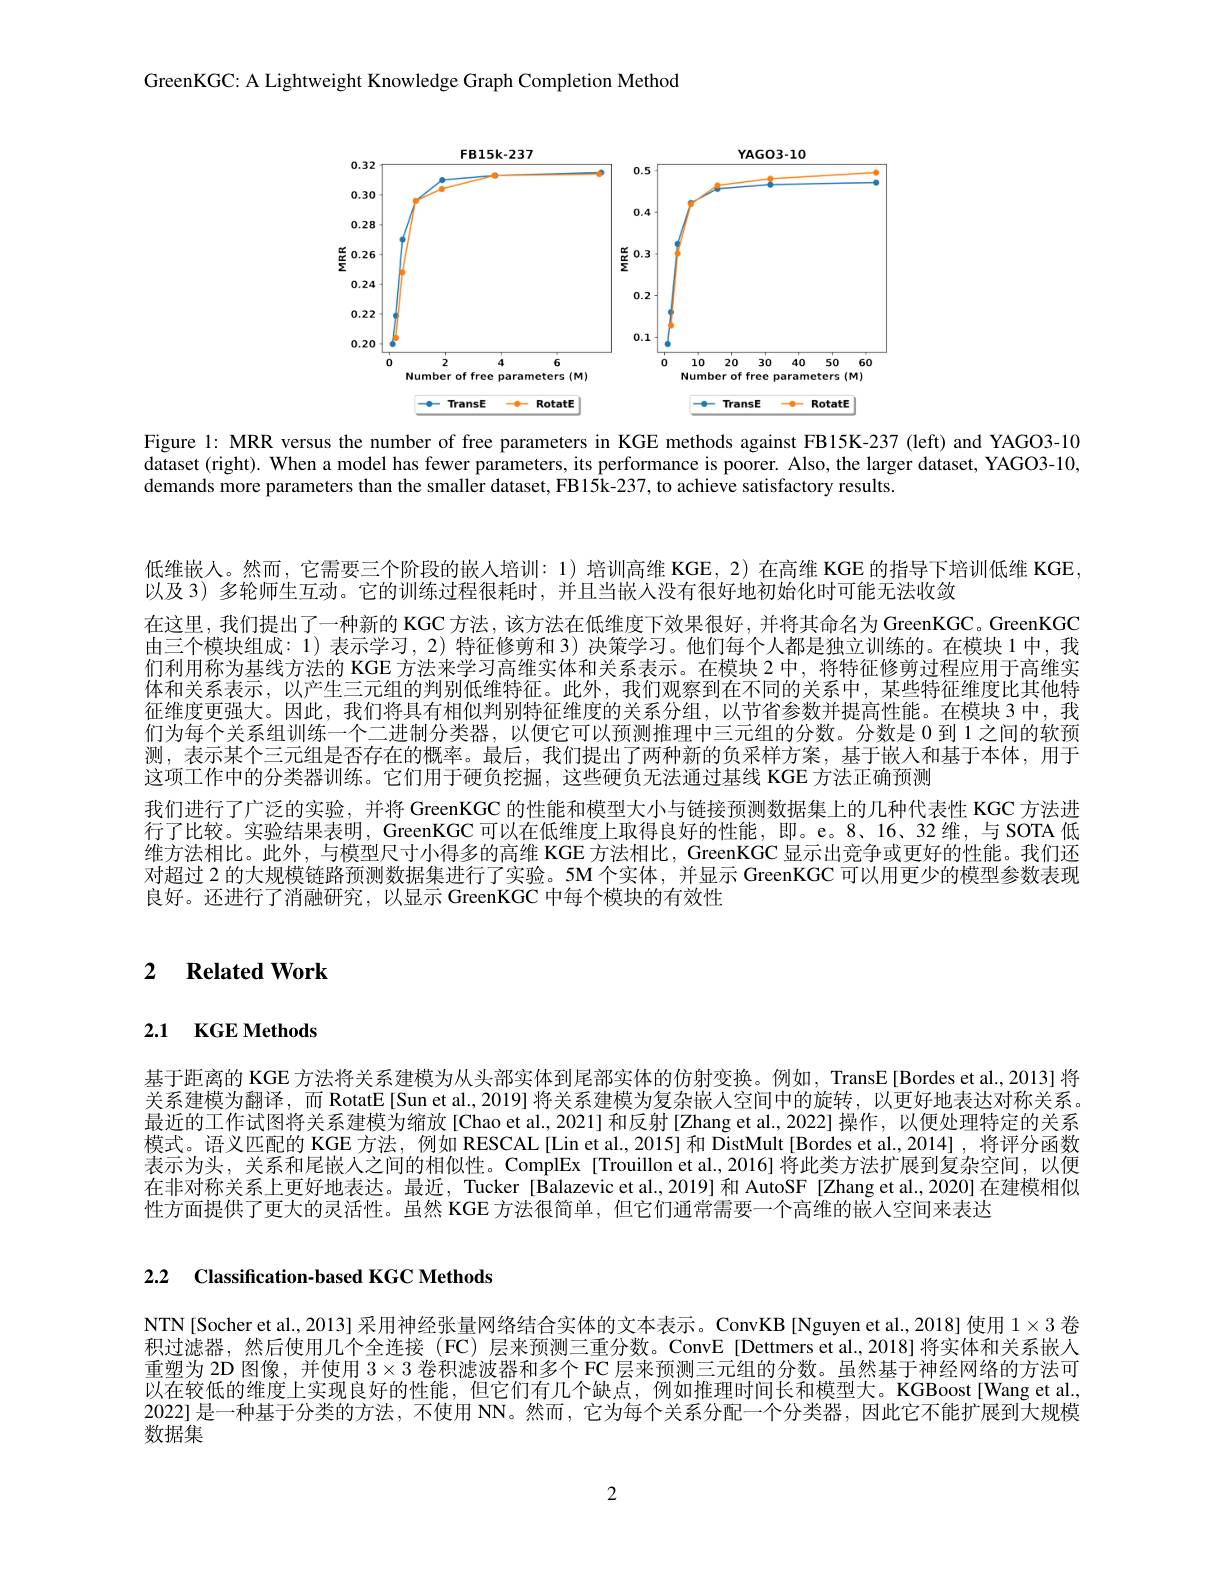
GreenKGC: A Lightweight Knowledge Graph Completion Method

<FigureHere>

Figure 1: MRR versus the number of free parameters in KGE methods against FB15K-237 (left) and YAGO3-10 dataset (right). When a model has fewer parameters, its performance is poorer. Also, the larger dataset, YAGO3-10, demands more parameters than the smaller dataset, FB15k-237, to achieve satisfactory results.

低维嵌人。然而，它需要三个阶段的嵌人培训：1) 培训高维 KGE, 2) 在高维 KGE 的指导下培训低维 KGE
以及 3) 多轮师生互动。它的训练过程很耗时，并且当嵌人没有很好地初始化时可能无法收敛
在这里，我们提出了一种新的 KGC 方法，该方法在低维度下效果很好，并将其命名为 GreenKGC。GreenKGC 由三个模块组成：1) 表示学习，2) 特征修剪和 3) 决策学习。他们每个人都是独立训练的。在模块 1中，我们利用称为基线方法的 KGE 方法来学习高维实体和关系表示。在模块 2中，将特征修剪过程应用于高维实体和关系表示，以产生三元组的判别低维特征。此外，我们观察到在不同的关系中，某些特征维度比其他特征维度更强大。因此，我们将具有相似判别特征维度的关系分组，以节省参数并提高性能。在模块 3 中，我们为每个关系组训练一个二进制分类器，以便它可以预测推理中三元组的分数。分数是 0 到 1 之间的软预测，表示某个三元组是否存在的概率。最后，我们提出了两种新的负采样方案，基于嵌人和基于本体，用于这项工作中的分类器训练。它们用于硬负挖掘，这些硬负无法通过基线 KGE 方法正确预测
我们进行了广泛的实验，并将 GreenKGC 的性能和模型大小与链接预测数据集上的几种代表性 KGC 方法进行了比较。实验结果表明，GreenKGC 可以在低维度上取得良好的性能，即。e。8、16、32 维，与 SOTA 低维方法相比。此外，与模型尺寸小得多的高维 KGE 方法相比，GreenKGC 显示出竞争或更好的性能。我们还对超过 2 的大规模链路预测数据集进行了实验。5M 个实体，并显示 GreenKGC 可以用更少的模型参数表现良好。还进行了消融研究，以显示 GreenKGC 中每个模块的有效性

# 2 $\textbf{Related Work}$

# 2.1 KGE Methods

基于距离的 KGE 方法将关系建模为从头部实体到尾部实体的仿射变换。例如，TransE[Bordes et al., 2013] 将关系建模为翻译，而 RotatE[Sun et al.,2019] 将关系建模为复杂嵌人空间中的旋转，以更好地表达对称关系。最近的工作试图将关系建模为缩放[Chao et al., 2021] 和反射[Zhang et al.,2022] 操作，以便处理特定的关系模式。语义匹配的 KGE 方法，例如 RESCAL [Lin et al.,2015] 和 DistMult [Bordes et al.,2014] ,将评分函数表示为头，关系和尾嵌人之间的相似性。ComplEx [Trouillon et al.,2016] 将此类方法扩展到复杂空间，以便在非对称关系上更好地表达。最近，Tucker[Balazevic et al, 2019] 和 AutoSF[Zhang et al., 2020] 在建模相似性方面提供了更大的灵活性。虽然 KGE 方法很简单，但它们通常需要一个高维的嵌人空间来表达

2.2 Classification-based KGC Methods

NTN[Socher et al., 2013] 采用神经张量网络结合实体的文本表示。ConvKB[Nguyen et al., 2018] 使用$1\times3$卷积过滤器，然后使用几个全连接(FC)层来预测三重分数。ConvE[Dettmers et al.,2018] 将实体和关系嵌入重塑为 2D 图像，并使用$3\times3$卷积滤波器和多个 FC 层来预测三元组的分数。虽然基于神经网络的方法可以在较低的维度上实现良好的性能，但它们有几个缺点，例如推理时间长和模型大。KGBoost[Wang et al. 2022] 是一种基于分类的方法，不使用 NN。然而，它为每个关系分配一个分类器，因此它不能扩展到大规模数据集

2